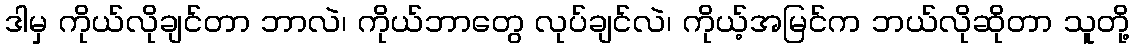
ဒါမှ ကိုယ်လိုချင်တာ ဘာလဲ၊ ကိုယ်ဘာတွေ လုပ်ချင်လဲ၊ ကိုယ့်အမြင်က ဘယ်လိုဆိုတာ သူတို့